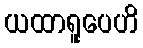
ယထာရူပေဟိ